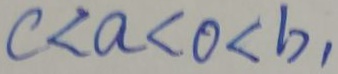
c < a < 0 < b ,